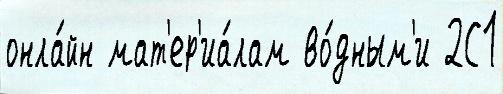
онла́йн мат'ер'иа́лам во́дным'и 2С1